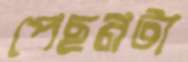
পেছনটা